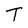
Character: T